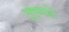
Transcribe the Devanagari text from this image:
ठाणले